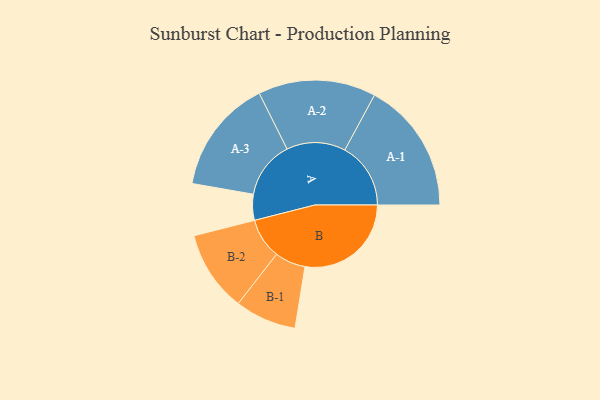
{"axis": {"x": "Segment", "y": "Value"}, "legend": ["", "A", "B"], "data": [{"x": "A", "y": 117, "type": ""}, {"x": "B", "y": 480, "type": ""}, {"x": "A-1", "y": 298, "type": "A"}, {"x": "A-2", "y": 266, "type": "A"}, {"x": "A-3", "y": 259, "type": "A"}, {"x": "B-1", "y": 139, "type": "B"}, {"x": "B-2", "y": 183, "type": "B"}]}